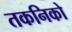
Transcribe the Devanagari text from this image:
तकनिको